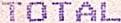
TOTAL